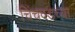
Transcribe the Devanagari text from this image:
चिंचवडच्या